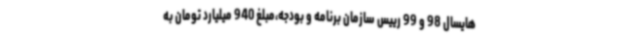
هایسال 98 و 99 رییس سازمان برنامه و بودجه،مبلغ 940 میلیارد تومان به